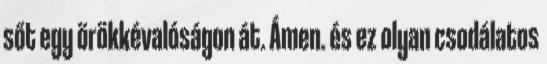
sőt egy örökkévalóságon át. Ámen. és ez olyan csodálatos